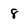
Character: 8